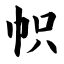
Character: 帜